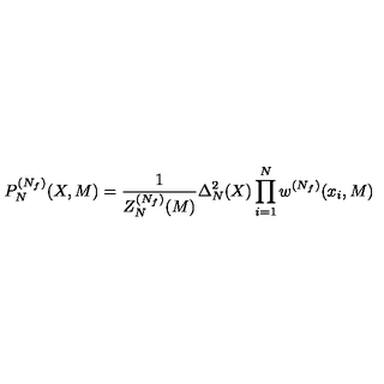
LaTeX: P _ { N } ^ { ( N _ { f } ) } ( X , M ) = \frac { 1 } { Z _ { N } ^ { ( N _ { f } ) } ( M ) } \Delta _ { N } ^ { 2 } ( X ) \prod _ { i = 1 } ^ { N } w ^ { ( N _ { f } ) } ( x _ { i } , M )